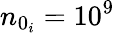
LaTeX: n_{0_{i}}=10^{9}